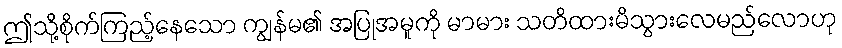
ဤသို့စိုက်ကြည့်နေသော ကျွန်မ၏ အပြုအမူကို မာမား သတိထားမိသွားလေမည်လောဟု